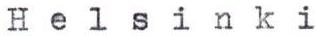
Helsinki